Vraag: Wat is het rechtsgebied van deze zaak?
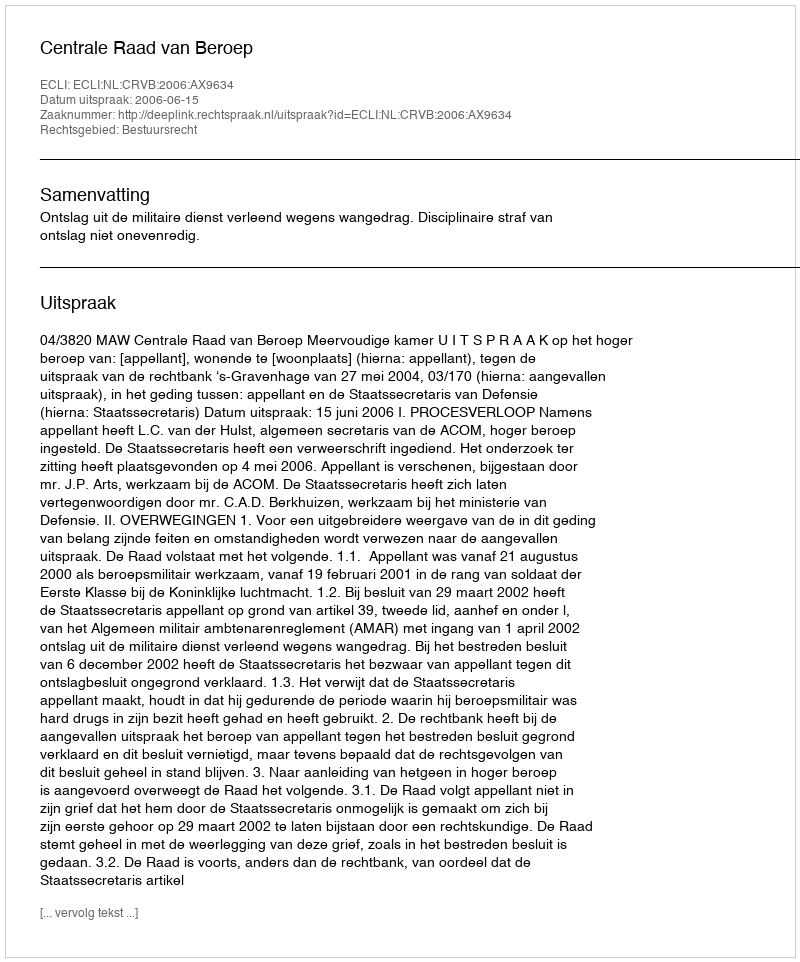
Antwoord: Bestuursrecht